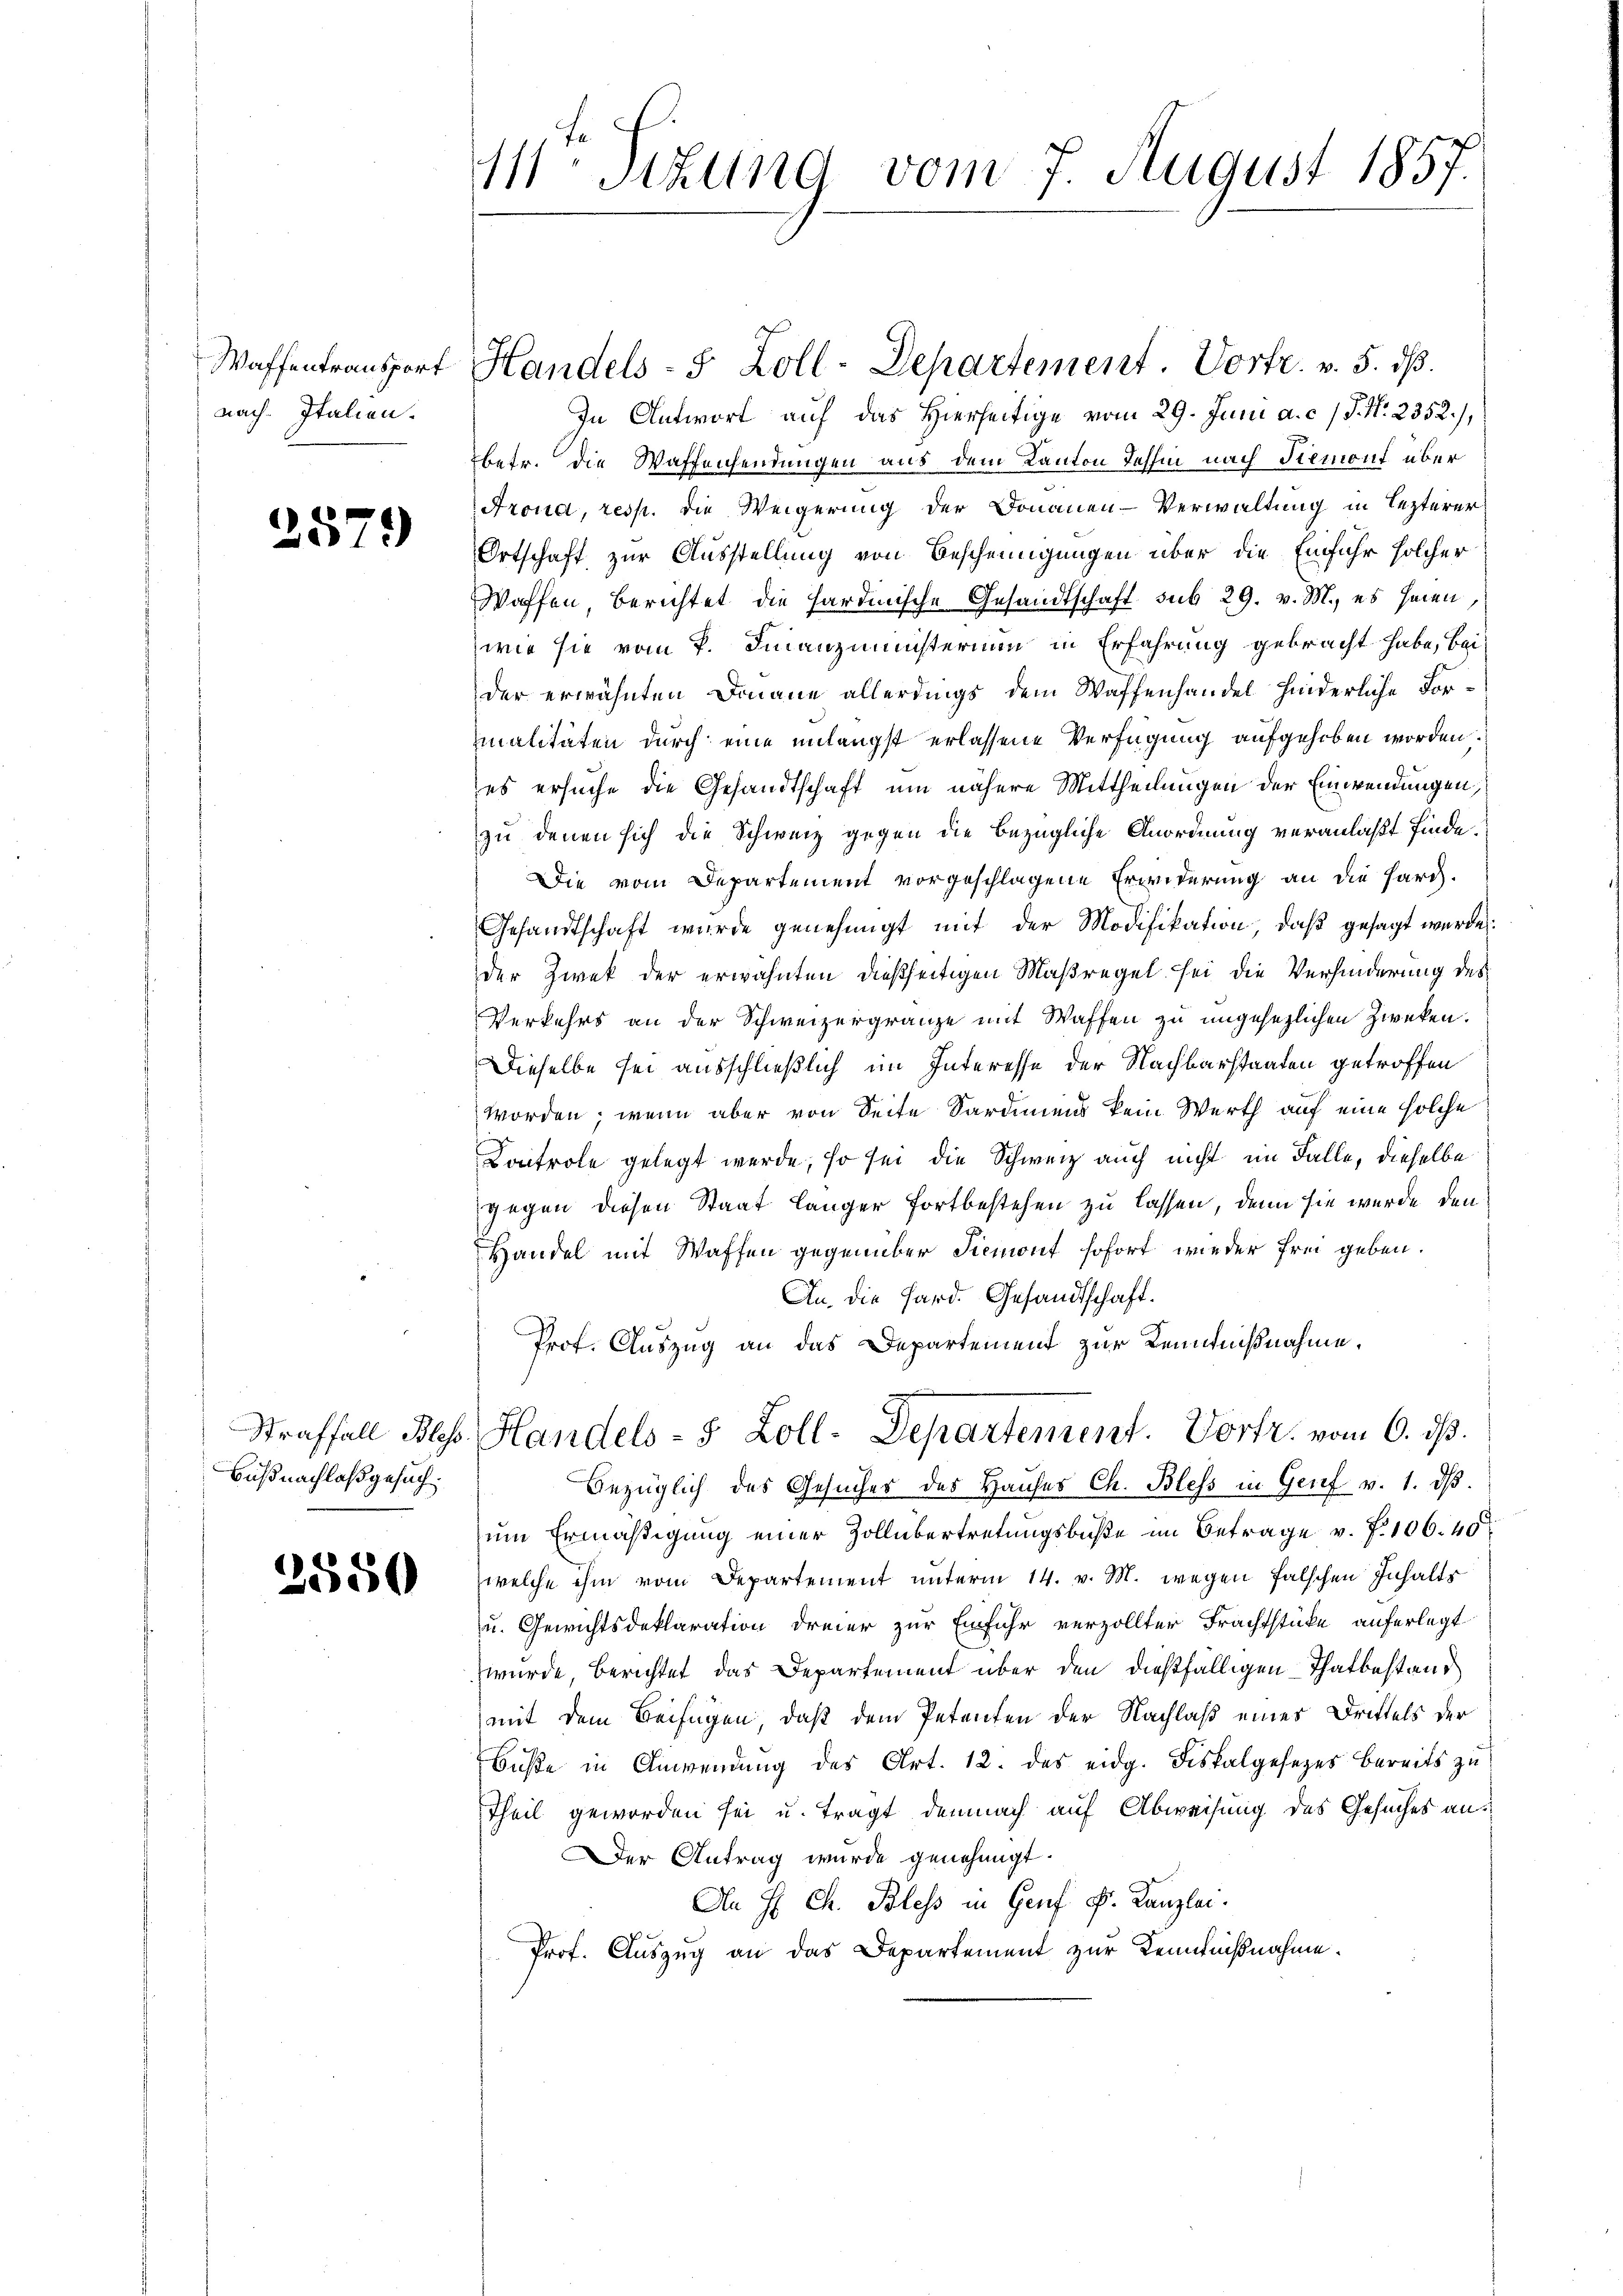
Waffentransport
nach Italien.

257)

Büßnachlaß gesuch¬

2550

111 Stund vom 7. August 1857.

In Antwort auf das Hierseitige vom 29. Juni a. c. / P. Nr. 2352.),
betr. die Waffensendungen aus dem Kanton Jahre nach Siemont über
Frona, resp. die Weigerung der Donauen-Verwaltung in Lezterer
Ortschaft zur Ausstellung von Bescheinigungen über die Einfuhr solcher
Waffen berichtet die Hardinische Gesandtschaft sub 29. v. M., es seien
wie sie vom 7. Finanzministerium in Erfahrung gebracht habe, bei
der erwähnten Donaue allerdings dem Waffenhandel hinderliche Formalitäten durch eine unlängst erlassene Verfügung aufgehoben worden.
es ersuche die Gesandtschaft um nähere Mittheilungen der Einwendungen,
zu denen sich die Schweiz gegen die bezügliche Anordnung veranlaßt finde.
Die vom Departement vorgeschlagene Erwiderung an die Harg¬
Gesandtschaft wurde genehmigt mit der Modifikation, daß gesagt wurde:
der Zwek der erwähnten dießseitigen Maßregel sei die Verhinderung des
Verkehrs an der Schweizergränze mit Waffen zu ungesezlichen Zwecken.
Dieselbe sei ausschließlich im Interesse der Nachbarstaaten getroffen
worden; wenn aber von Seite Sardiniens kein Werth auf eine solche
Controle gelegt werde, so sei die Schweiz auch nicht im Falle, dieselbe
gegen diesen Staat länger fortbestehen zu lassen, denn sie wurde den
Handel mit Waffen gegenüber Piemont sofort wieder frei geben.
An, die Hard. Gesandtschaft.
Prof. Auszug an das Departement zur Kenntnißnahme.
Straffall Blas. Handels- 8 Zoll-Departement. Vortr. vom 6. ds.
Bezüglich des Gesuches des Hauses Ch. Bless in Genf v. 1. d.
um Ermäßigung einer Zollübertretungsbuße im Betrage v. 7. 106. 40
welche ihm vom Departement unterm 14. v. M. wegen falschen Inhalts
u. Gewichtsdeklaration dreier zur Einfuhr verzollter Frachtstücke auferlegt
wurde, berichtet das Departement über den dießfälligen Thatbestand
mit dem Beifügen, daß dem Petenten der Nachlaß eines Drittels der
Buße in Anwendung des Art. 12. des eidg. Fiskalgesezes bereits zu
Theil geworden sei u. tragt demnach auf Abweisung des Gesuches an¬
Der Antrag wurde genehmigt.
An H. Ch. Bless in Genf v. Kanzlei.
Prof. Auszug an das Departement zur Kenntnißnahme.

Handels- 5 Zoll-Departement. Vortr. v. 5. dβ.